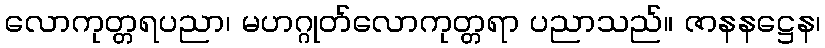
လောကုတ္တရပညာ၊ မဟဂ္ဂုတ်လောကုတ္တရာ ပညာသည်။ ဇာနနဋ္ဌေန၊